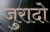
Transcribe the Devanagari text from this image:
जुरादो